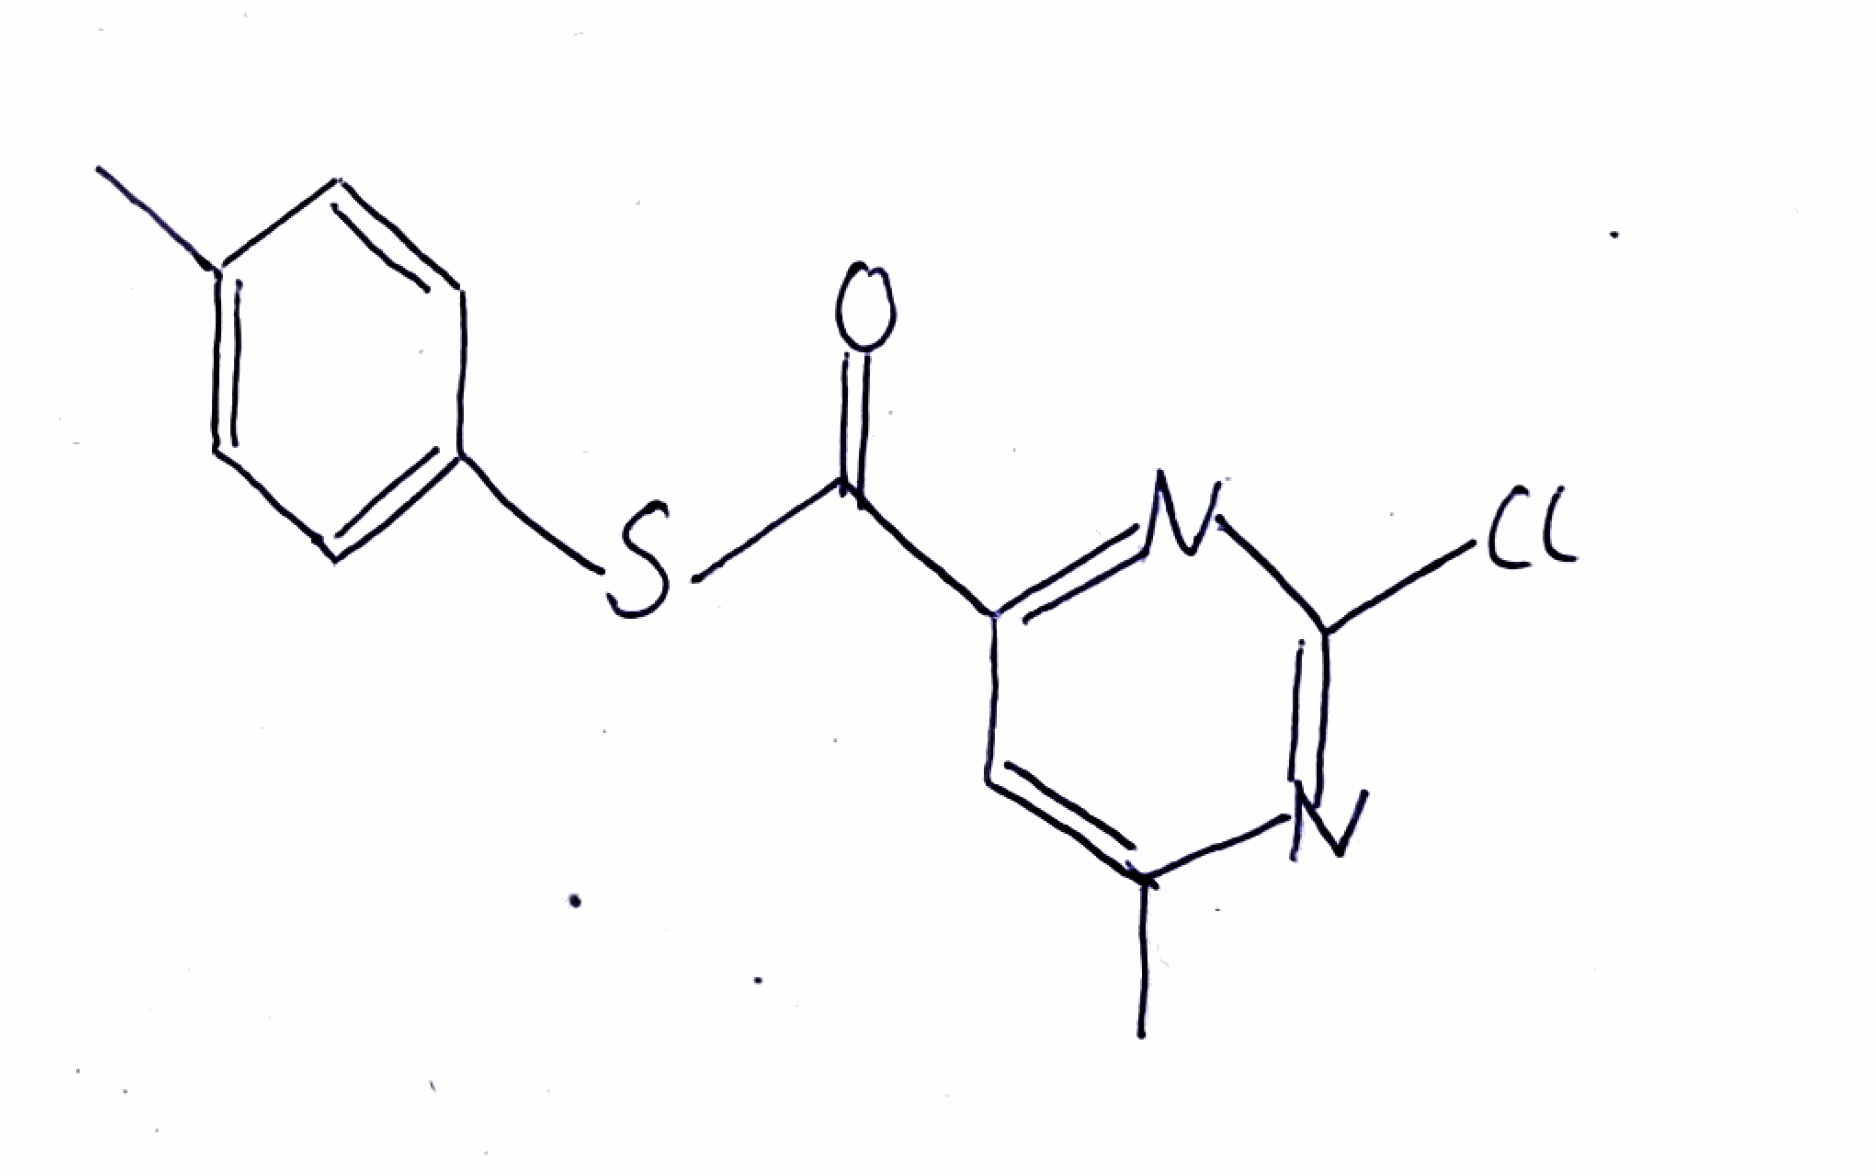
Simplified molecular-input line-entry system (SMILES) notation of the given molecule:
CC1=CC=C(C=C1)SC(=O)C2=NC(=NC(=C2)C)Cl